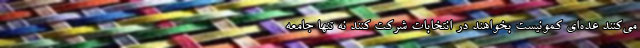
می‌کنند عده‌ای کمونیست بخواهند در انتخابات شرکت کنند نه تنها جامعه